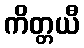
ကိတ္တယီ